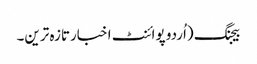
بیجنگ (اُردو پوائنٹ اخبارتازہ ترین۔